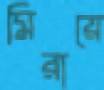
মিরায়ে